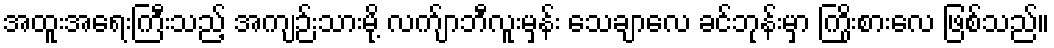
အထူးအရေးကြီးသည့် အကျဉ်းသားမို့ လက်ျာဘီလူးမှန်း သေချာလေ ခင်ဘုန်းမှာ ကြိုးစားလေ ဖြစ်သည်။